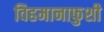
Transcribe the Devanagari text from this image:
विहमानाफुशी